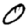
Digit: 0